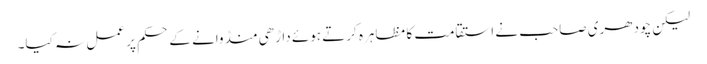
لیکن چودھری صاحب نے استقامت کا مظاہرہ کرتے ہوئے داڑھی منڈوانے کے حکم پر عمل نہ کیا۔